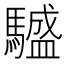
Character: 𩦝